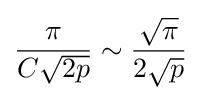
{\frac {\pi }{C{\sqrt {2p}}}}\sim {\frac {\sqrt {\pi }}{2{\sqrt {p}}}}